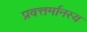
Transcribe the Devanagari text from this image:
प्रवत्तर्मानस्य